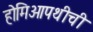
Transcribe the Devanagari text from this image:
होमिओपथीची